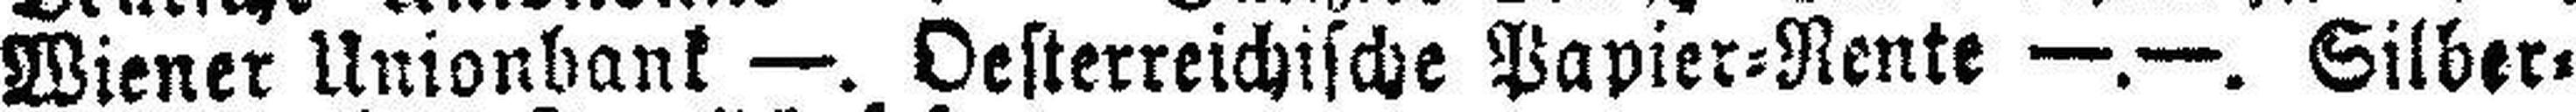
Wiener Unionbank —. Oesterreichische Papier=Rente —.—. Silber=